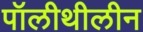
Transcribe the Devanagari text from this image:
पॉलीथीलीन